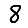
Digit: 8